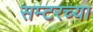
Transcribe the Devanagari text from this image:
सम्टरच्या